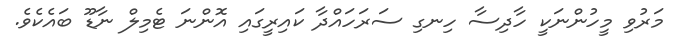
މަރުވި މީހުންނަކީ ހާދިސާ ހިނގި ސަރަހައްދާ ކައިރީގައި އޮންނަ ޓެމިލް ނާޑޫ ބައެކެވެ.